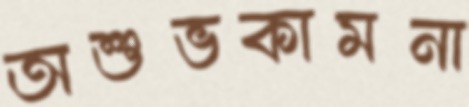
অশুভকামনা